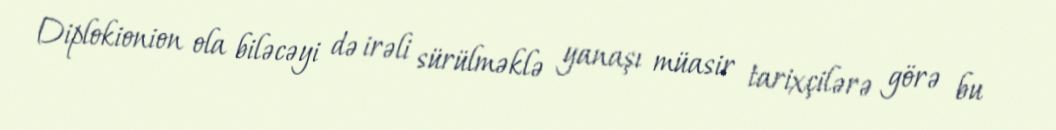
Diplokionion ola biləcəyi də irəli sürülməklə yanaşı müasir tarixçilərə görə bu